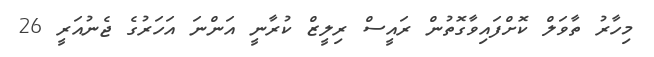
މިހާރު ތާވަލް ކޮށްފައިވާގޮތުން ރައީސް ރިލީޒް ކުރާނީ އަންނަ އަހަރުގެ ޖެނުއަރީ 26